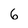
Character: 6